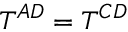
T ^ { A D } = T ^ { C D }